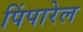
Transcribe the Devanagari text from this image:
पिंपारेल